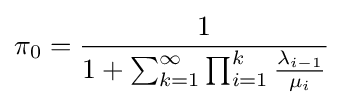
\pi _{0}={\frac {1}{1+\sum _{k=1}^{\infty }\prod _{i=1}^{k}{\frac {\lambda _{i-1}}{\mu _{i}}}}}